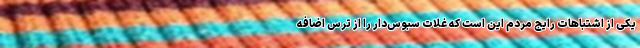
یکی از اشتباهات رایج مردم این است که غلات سبوس‌دار را از ترس اضافه